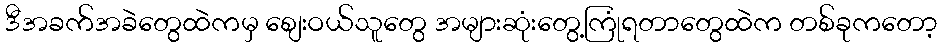
ဒီအခက်အခဲတွေထဲကမှ စျေးဝယ်သူတွေ အများဆုံးတွေ့ကြုံရတာတွေထဲက တစ်ခုကတော့